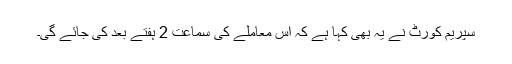
سپریم کورٹ نے یہ بھی کہا ہے کہ اس معاملے کی سماعت 2 ہفتے بعد کی جائے گی۔